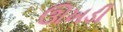
ઊખડી